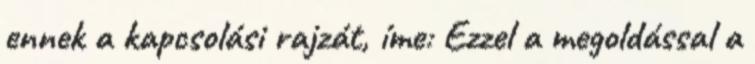
ennek a kapcsolási rajzát, íme: Ezzel a megoldással a